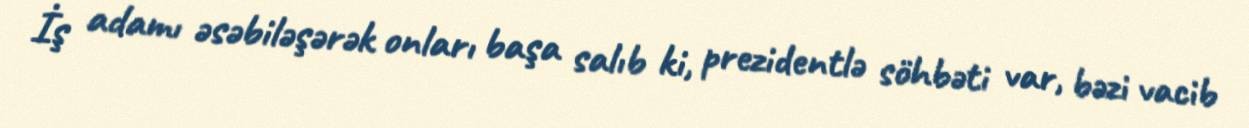
İş adamı əsəbiləşərək onları başa salıb ki, prezidentlə söhbəti var, bəzi vacib